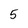
Character: 5